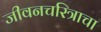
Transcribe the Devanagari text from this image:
जीवनचरित्राचा